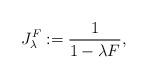
LaTeX: \begin{align*} J^F_\lambda := \frac{1}{1-\lambda F}, \end{align*}